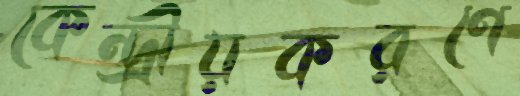
কেন্দ্রীয়করণে